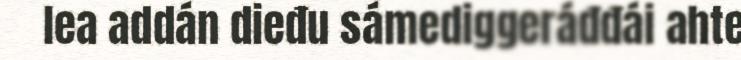
lea addán dieđu sámediggeráđđái ahte